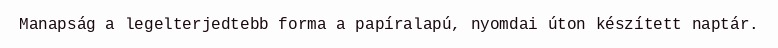
Manapság a legelterjedtebb forma a papíralapú, nyomdai úton készített naptár.